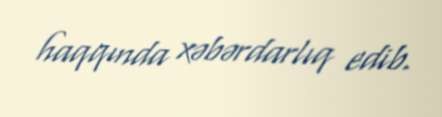
haqqında xəbərdarlıq edib.